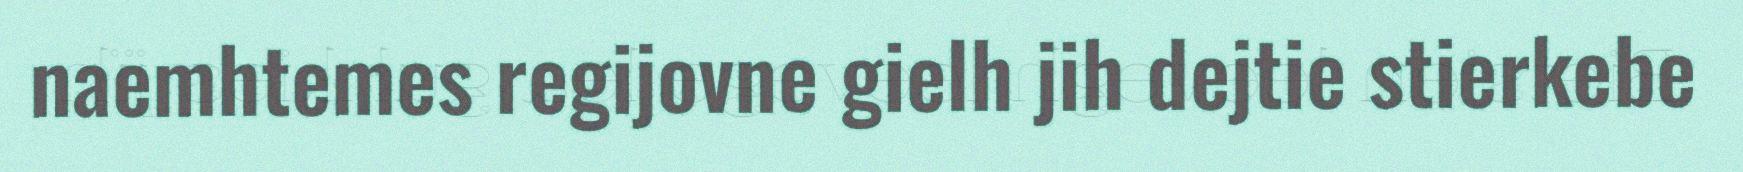
naemhtemes regijovne gielh jih dejtie stierkebe